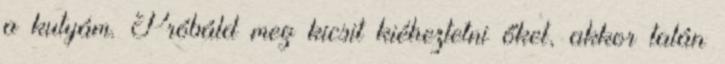
a kutyám. Próbáld meg kicsit kiéheztetni őket, akkor talán